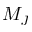
M _ { J }